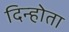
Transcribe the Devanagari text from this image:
दिन्होता